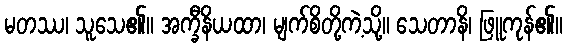
မတဿ၊ သူသေ၏။ အက္ခီနိယထာ၊ မျက်စိတို့ကဲ့သို့။ သေတာနိ၊ ဖြူကုန်၏။